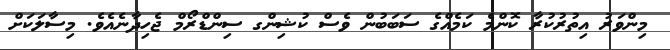
މިންވަރު އިތުރުކުރާ ކޮންމެ ކަމެއްގެ ސަބަބުން ވެސް ކުޝިންގ ސިންޑްރޯމް ޖެހިދާނެއެވެ. މިސާލަކަށް